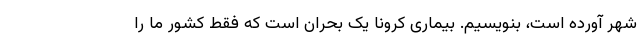
شهر آورده است، بنویسیم. بیماری کرونا یک بحران است که فقط کشور ما را